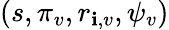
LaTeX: (s,\pi_{v},r_{\mathbf{i},v},\psi_{v})